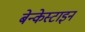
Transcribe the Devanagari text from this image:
बेन्केस्टाइन